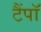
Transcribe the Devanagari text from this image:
टैंपॉ